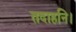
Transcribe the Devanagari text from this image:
तदाहनि।